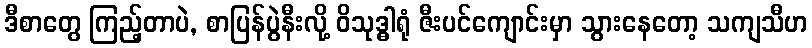
ဒီစာတွေ ကြည့်တာပဲ, စာပြန်ပွဲနီးလို့ ဝိသုဒ္ဓါရုံ ဇီးပင်ကျောင်းမှာ သွားနေတော့ သကျသီဟ